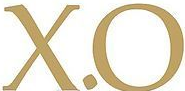
X.O